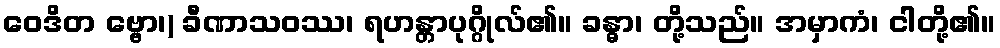
ဝေဒိတ ဗ္ဗော၊) ခီဏာသဝဿ၊ ရဟန္တာပုဂ္ဂိုလ်၏။ ခန္ဓာ၊ တို့သည်။ အမှာကံ၊ ငါတို့၏။